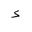
Letter: _hamza